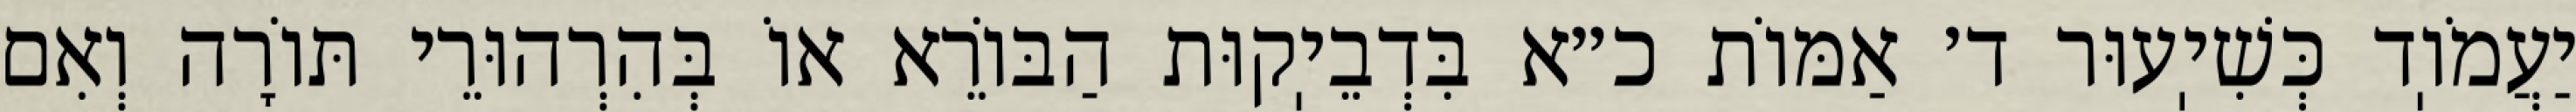
יַעֲמֹוֽד כְּשִׁיֽעוּר ד׳ אַמּוֹת כ״א בִּדְבֵיֽקוּת הַבּוֹרֵא אוֹ בְּהִרְהוּרֵי תּוֹרָה וְאִם